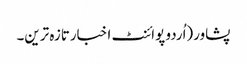
پشاور(اُردو پوائنٹ اخبارتازہ ترین۔